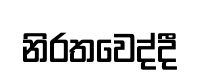
නිරතවෙද්දී